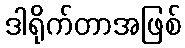
ဒါရိုက်တာအဖြစ်